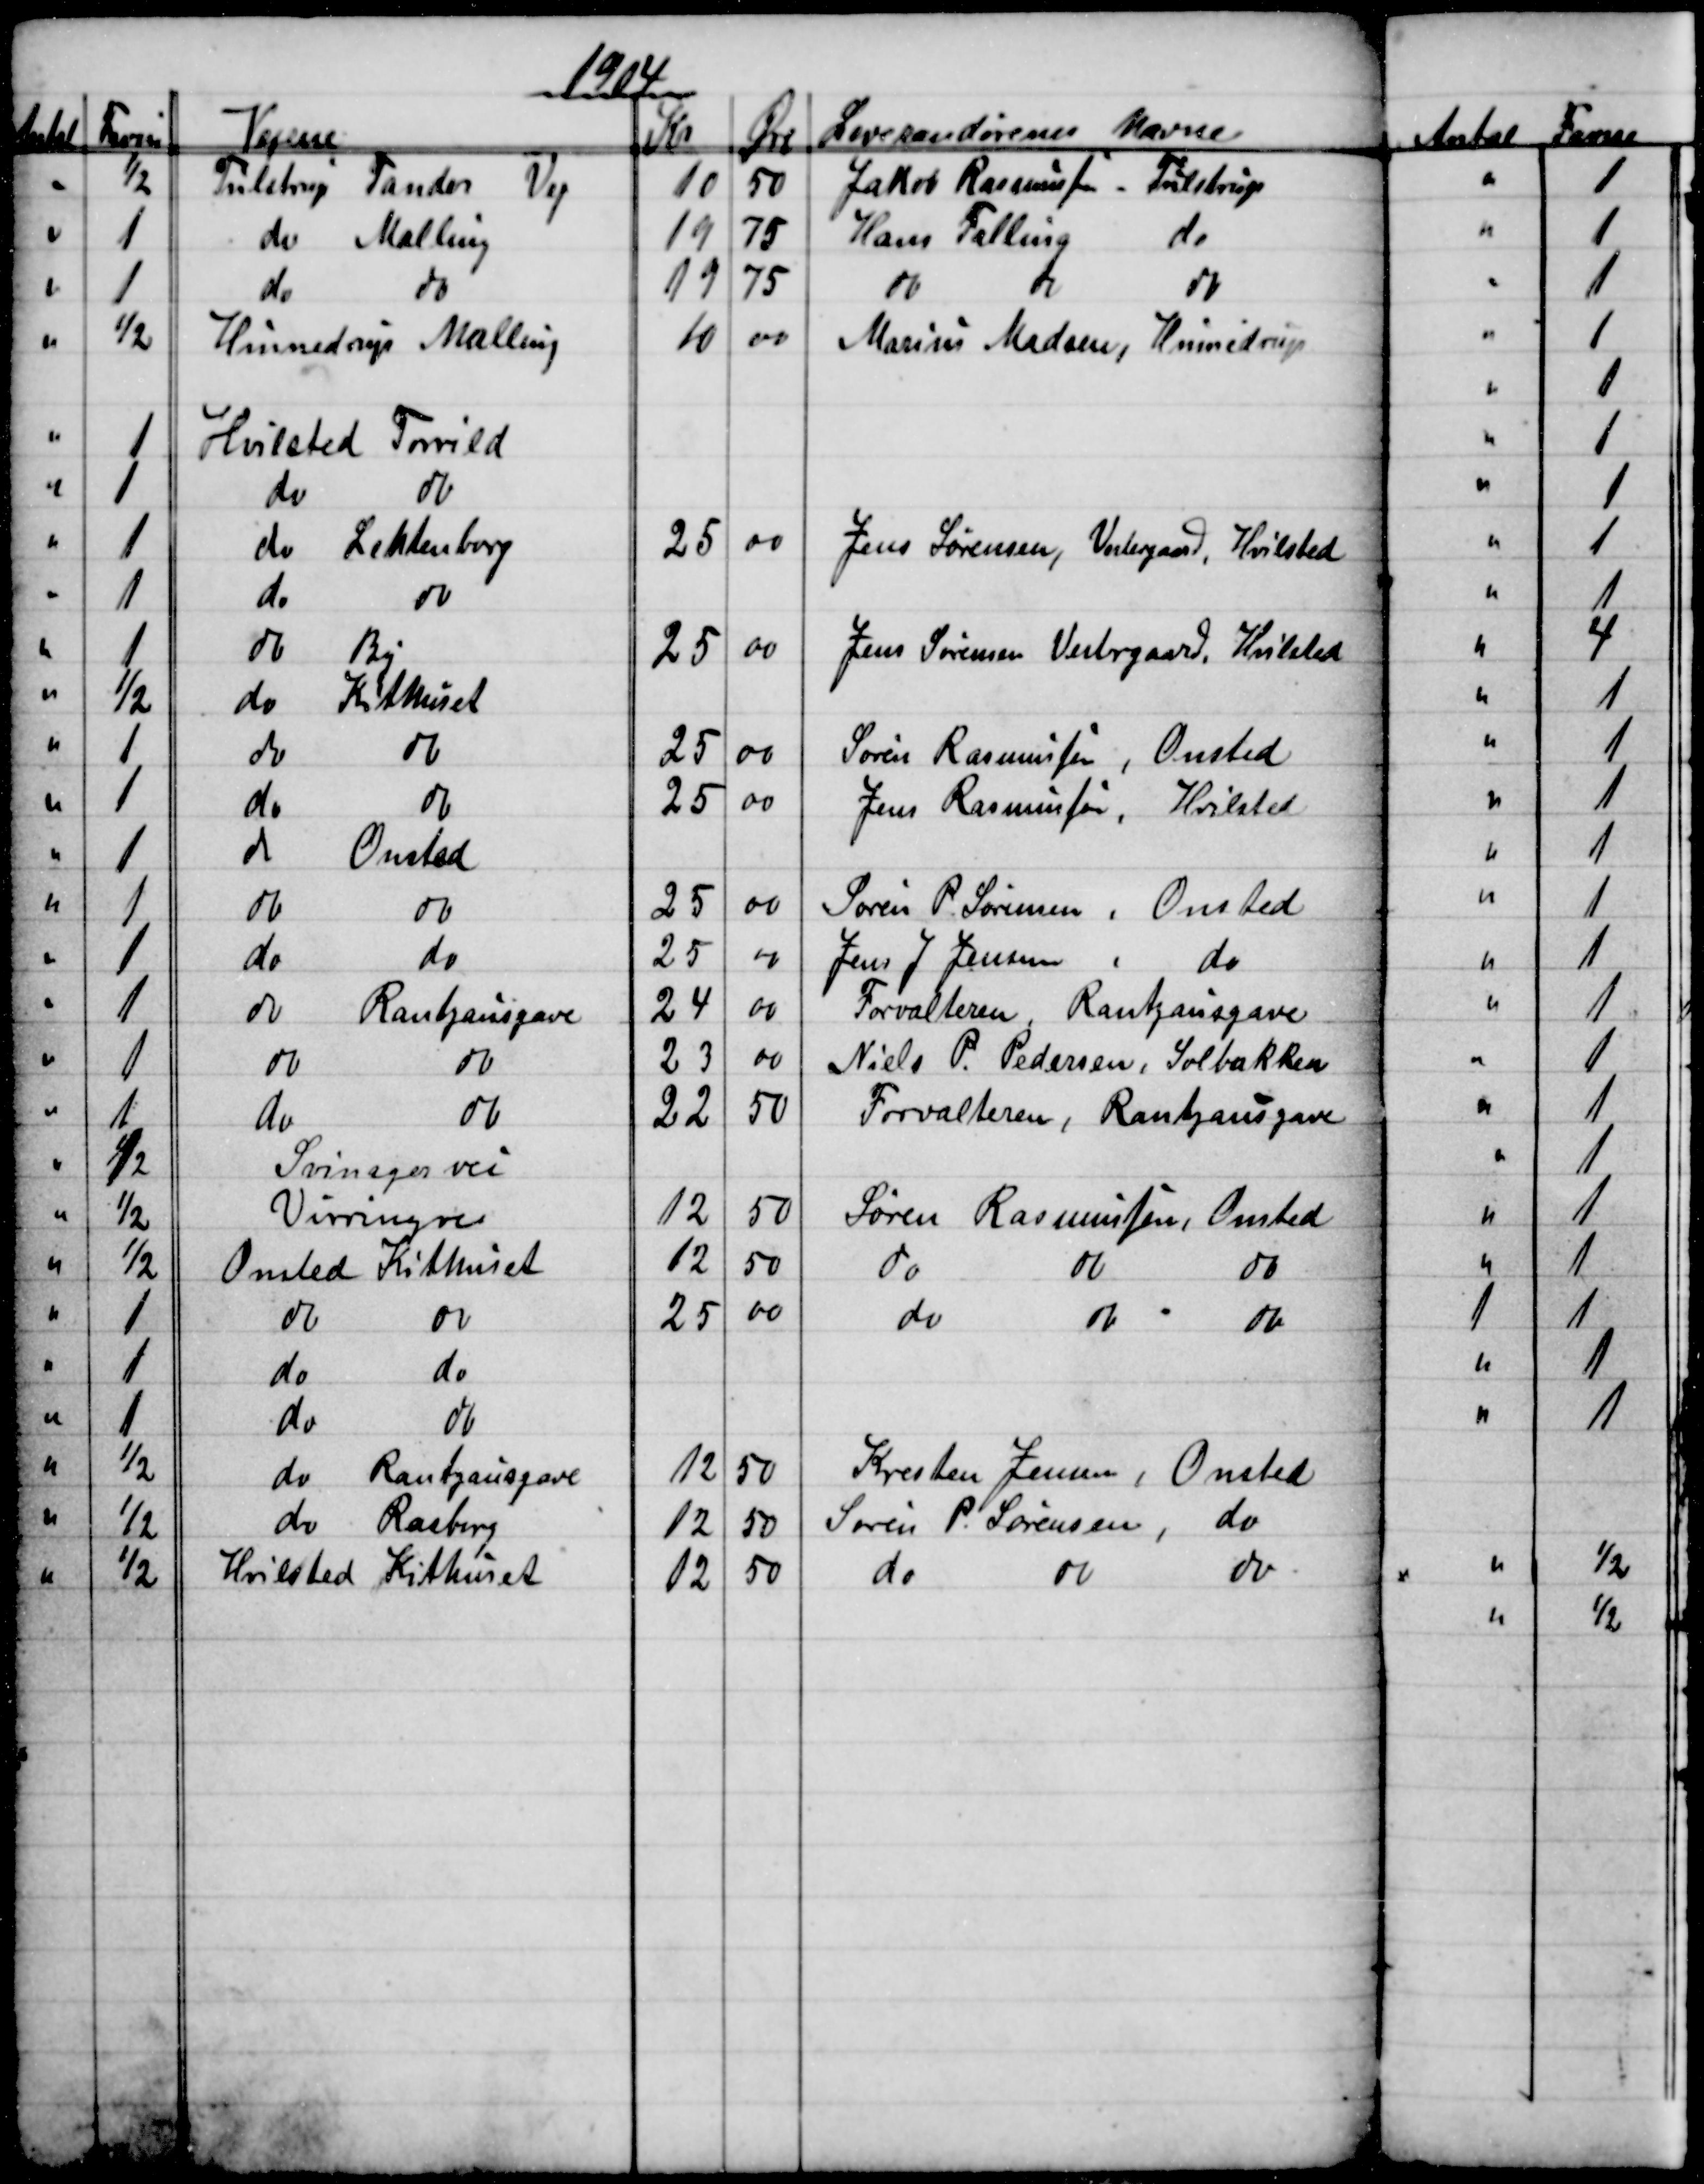
Transskription:
1904
Antal 
Favne
Vejene
Kr
Øre 
Leverandørenes Navne
½
Tulstrup Tander 
Vej
10
50
Jakob Rasmussen - Tulstrup
1
do Malling
19
75
Hans Falling
do
1
do
do
19
75
do
do
½
Hinnedrup Malling
10
00
Marius Madsen, Hinnedrup
1
Hvilsted Torrild
1
do
do
1
do 
Lehtenborg
25
00
Jens Sørensen, Vestergaard, Hvilsted
1
do
do
1
do
By
25
00
Jens Sørensen Vestergaard, Hvilsted
½
do
Kithuset
1
do
do
25
00
Søren Rasmussen, Onsted
1
do
do
25
00
Jens Rasmussen, Hvilsted
1
do
Onsted
1
do
do
25
00
Søren P. Sørensen, Onsted
1
do
do
25
00
Jens J Jensen 
do
1
do
Rantzausgave
24
00
Forvalteren, Rantzausgave
1
do
do
23
00
Niels P. Pedersen, Solbakken
1
do
do
22
50
Forvalteren, Rantzausgave
½
Svinagervei
½
Virringvei
12
50
Søren Rasmussen, Onsted
½
Onsted Kithuset
12
50
do
do
do
1
do
do
25
00
do
do
do
1
do
do
1
do
do
½
do
Rantzausgave
12
50
Kresten Jensen, Onsted
½
do 
Rasborg
12
50
Søren P. Sørensen
do
½
Hvilsted Kithuset
12
50
do
do
do